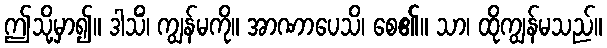
ဤသို့မှာ၍။ ဒါသိံ၊ ကျွန်မကို။ အာဏာပေသိ၊ စေ၏။ သာ၊ ထိုကျွန်မသည်။